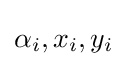
\alpha _{i},x_{i},y_{i}